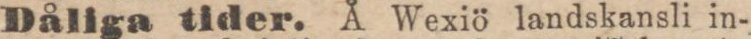
Dåliga tider. Å Wexiö landskansli in-